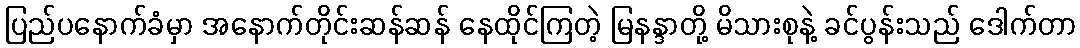
ပြည်ပနောက်ခံမှာ အနောက်တိုင်းဆန်ဆန် နေထိုင်ကြတဲ့ မြနန္ဒာတို့ မိသားစုနဲ့ ခင်ပွန်းသည် ဒေါက်တာ